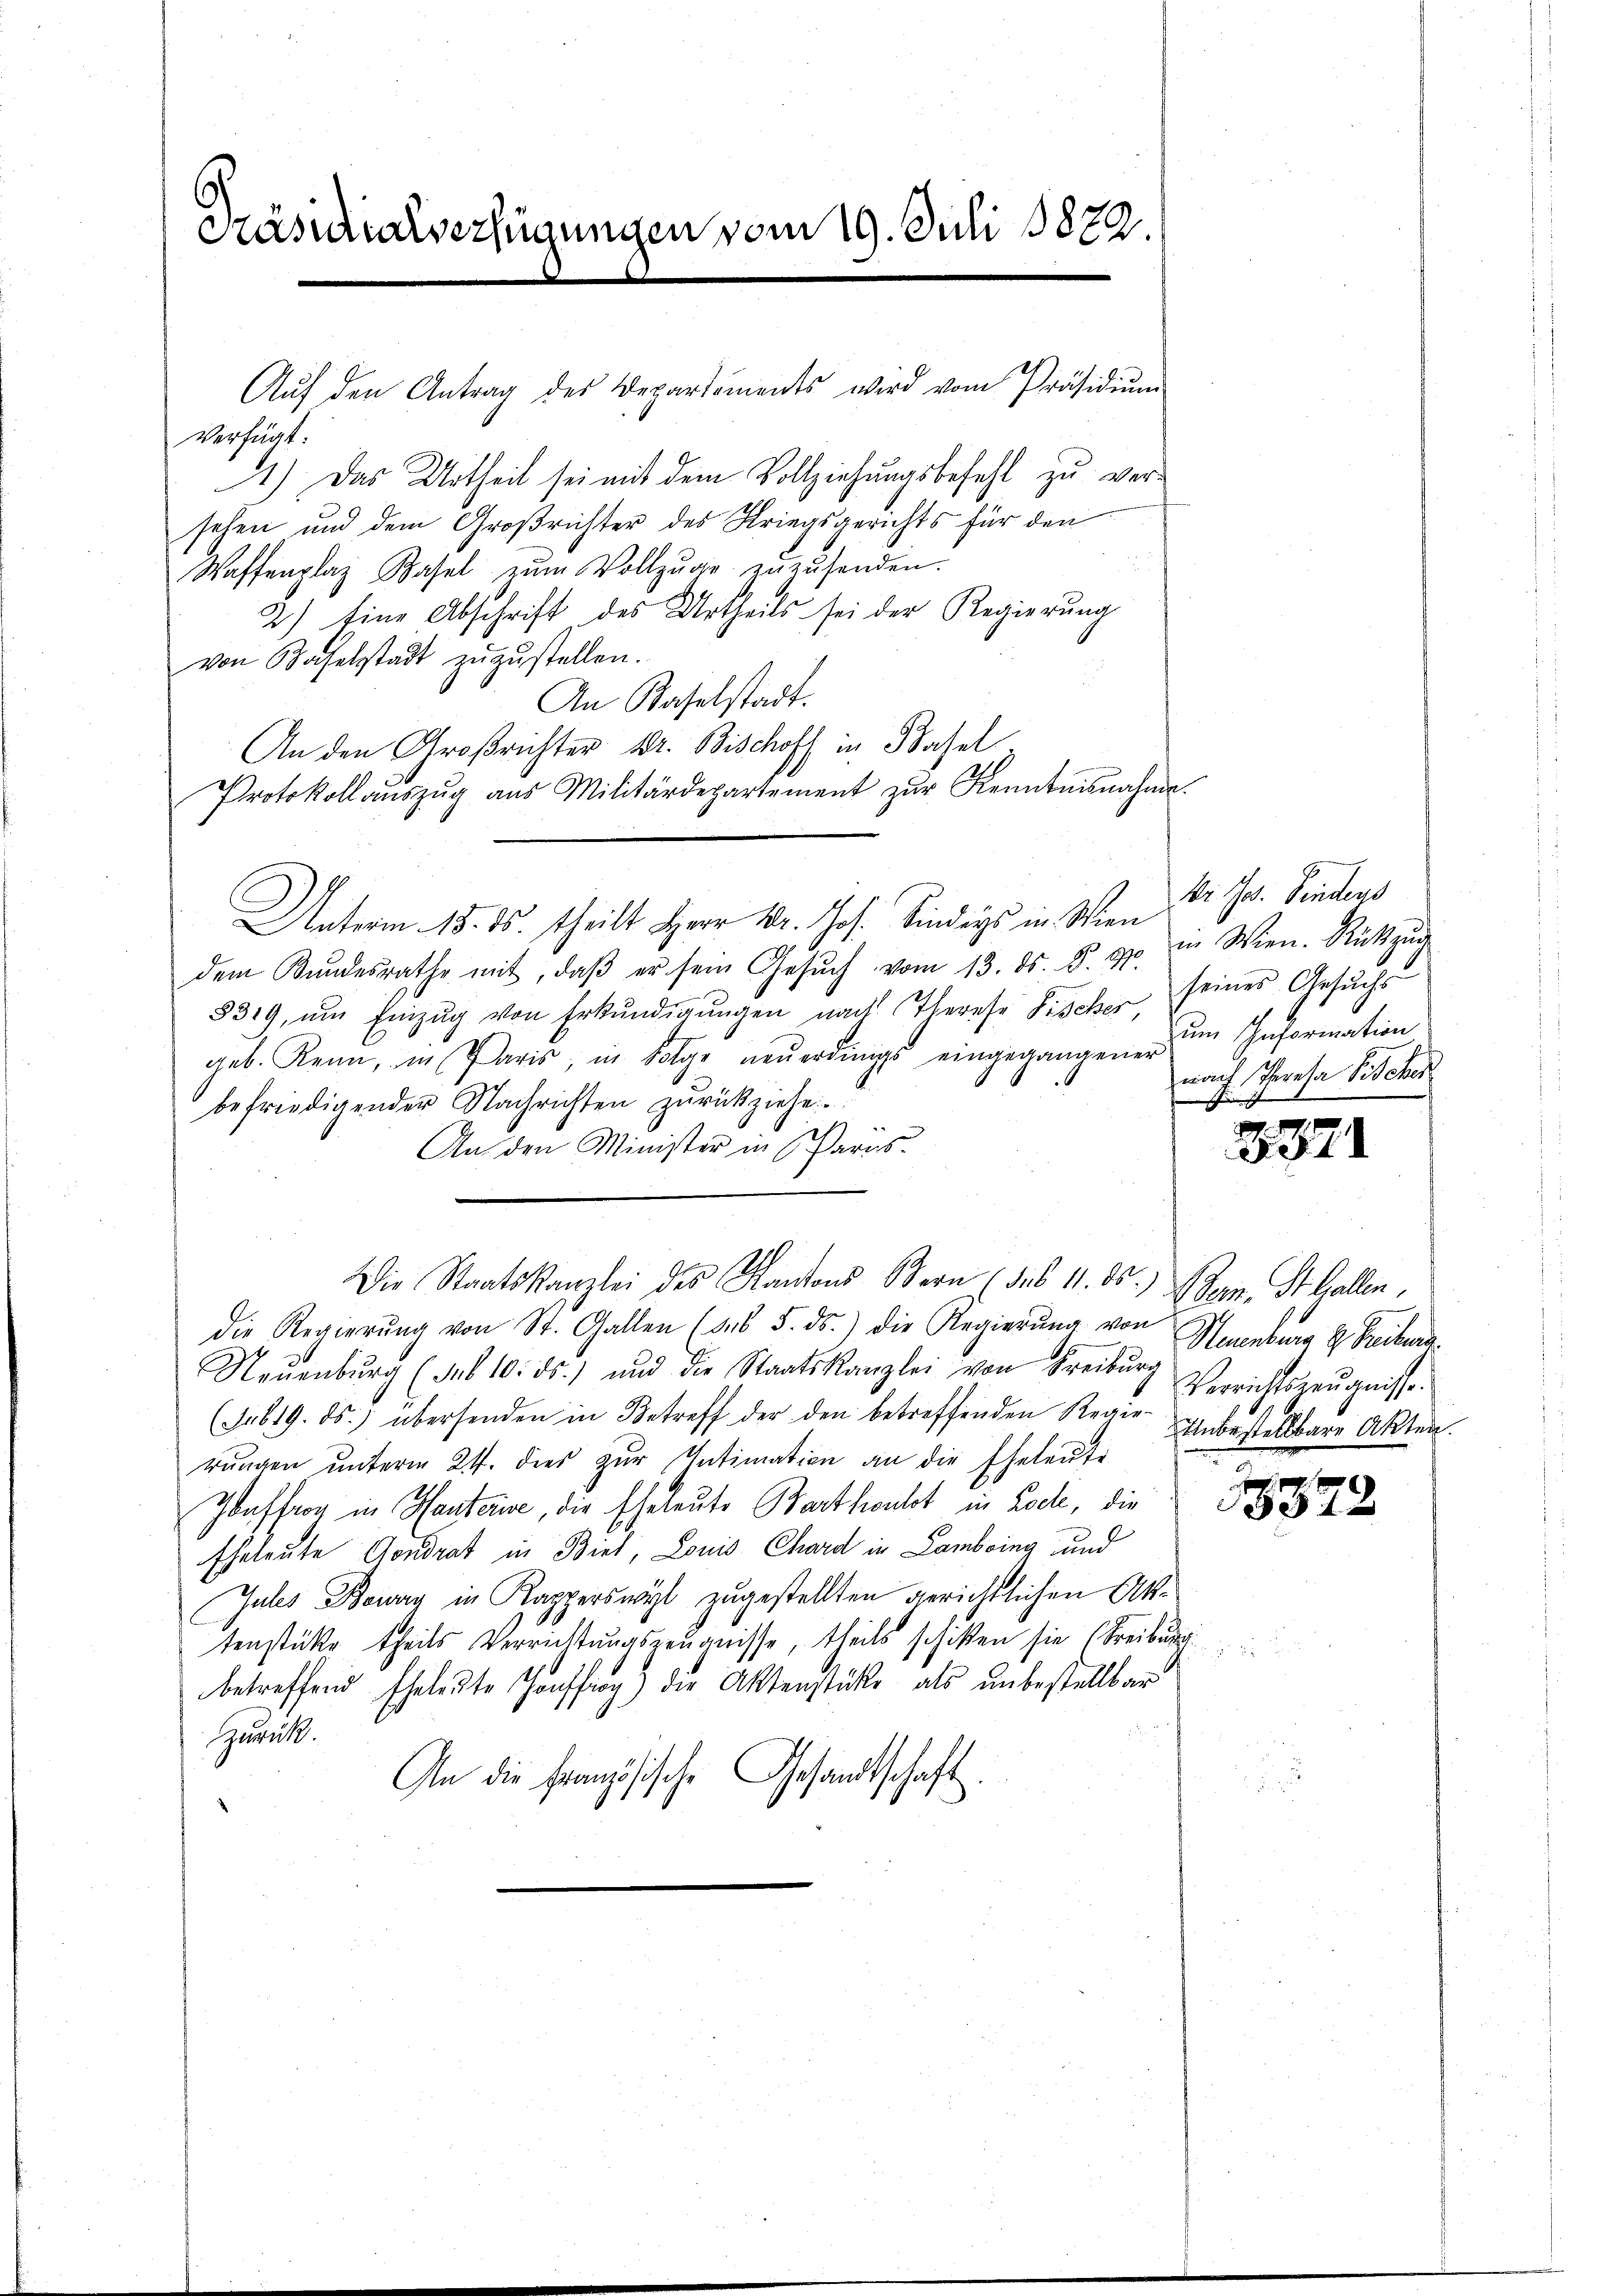
Käsidialverfügungen vom 19. Juli 1879.

Verfügt:
1.) Das Urtheil sei mit dem Vollziehungsbefehl zu versehen und dem Großrichter des Kriegsgerichts für den
Waffenplaz Basel zŭm Vollzŭge zŭzŭsenden.
2.) Eine Abschrift des Urtheils sei der Regierung
von Baselstadt zŭzŭstellen.
An Kaselstadt.
An den Großrichter Dr. Bischoff in Basel
Protokollaŭszŭg aŭs Militärdepartement zŭr Kenntnisnahme.
Unterm 15. ds. theilt Herr Dr. Jos. Sinders in Wien
dem Kŭndesrathe mit, daβ er sein Gesŭch vom 13. ds. S. 930 in Wien. Rückzŭg
8319, ŭm Einzŭg von Erkŭndigŭngen nach Therese Fischer seines Gesŭchs
geb. Renn, in Paris, in Folge neŭerdings eingegangener
befriedigender Nachrichten zurückziehe.
An den Minister in Paris.
Die Staatskanzlei des Kantons Bern (das 11. ds. Bern. St. Gallen,
die Regierŭng von St. Gallen (des 5. ds.) die Regierŭng von Neuenburg u. Freiburg
Neŭenbŭrg (sub 10. ds.) und die Staatskanzlei von Freiburg Verrichtszeŭgnisse.
(Gr 619. ds. übersenden in Betreff der den betreffenden Regier- Einbestellbare Akten.
rŭngen ŭnterm 21. dies zŭr Intimation an die Eheleute
Zoaffrog in Hantarise, die Eheleute Barthoulot in Loche, die
Eheleute Aendrat in Biel, Louis Chard in Lambring und
Jules Beway in Kapperswyl zugestellten gerichtlichen Aktenstüke theils Verrichtungszeugnisse, theils schikten sie (Freiburg
betreffend Eheleute Hoffig) die Aktenstücke als unbestellbar
Zurück.
An die französische Gesandtschaft.

Aŭf den Antrag des Departements wird vom Präsidiŭm

Dr. Jos. Finders
um Information
nach Parala Fischen
schen ist |

871

x
e